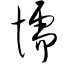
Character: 懦